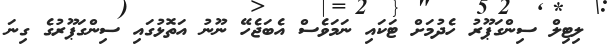
ލިޓިލް ސިންގަޕޫރު ހެދުމަށް ޓަކައި ނަމަވެސް އެބަޖެހޭ ނޫނު އަތޮޅުގައި ސިންގަޕޫރުގެ ގިނަ